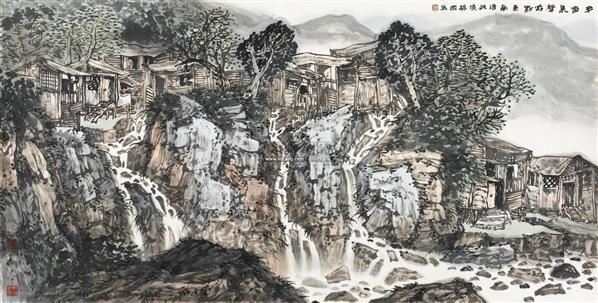
亦有白骨归咸阳，营家各与题本乡。